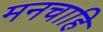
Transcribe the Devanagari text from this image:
मनचाहि